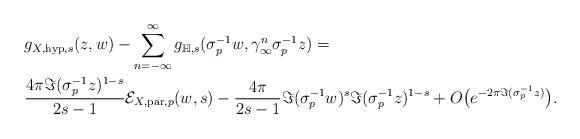
LaTeX: \begin{align*}&g_{X,\mathrm{hyp},s}(z,w)-\sum_{n=-\infty}^{\infty}g_{\mathbb{H},s}(\sigma_{p}^{-1}w,\gamma_{\infty}^{n}\sigma_{p}^{-1}z)=\\&\frac{4\pi\Im(\sigma_{p}^{-1}z)^{1-s}}{2s-1}\mathcal{E}_{X,\mathrm{par},p}(w,s)-\frac{4\pi}{2s-1}\Im(\sigma_{p}^{-1}w)^{s}\Im(\sigma_{p}^{-1}z)^{1-s}+ O\big(e^{-2\pi\Im(\sigma_{p}^{-1}z)}\big).\end{align*}